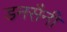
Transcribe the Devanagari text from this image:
डनसैनी